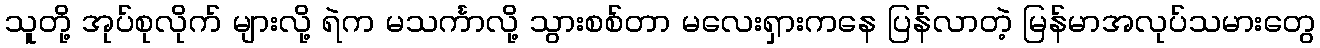
သူတို့ အုပ်စုလိုက် များလို့ ရဲက မသင်္ကာလို့ သွားစစ်တာ မလေးရှားကနေ ပြန်လာတဲ့ မြန်မာအလုပ်သမားတွေ